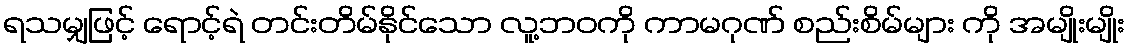
ရသမျှဖြင့် ရောင့်ရဲ တင်းတိမ်နိုင်သော လူ့ဘဝကို ကာမဂုဏ် စည်းစိမ်များ ကို အမျိုးမျိုး